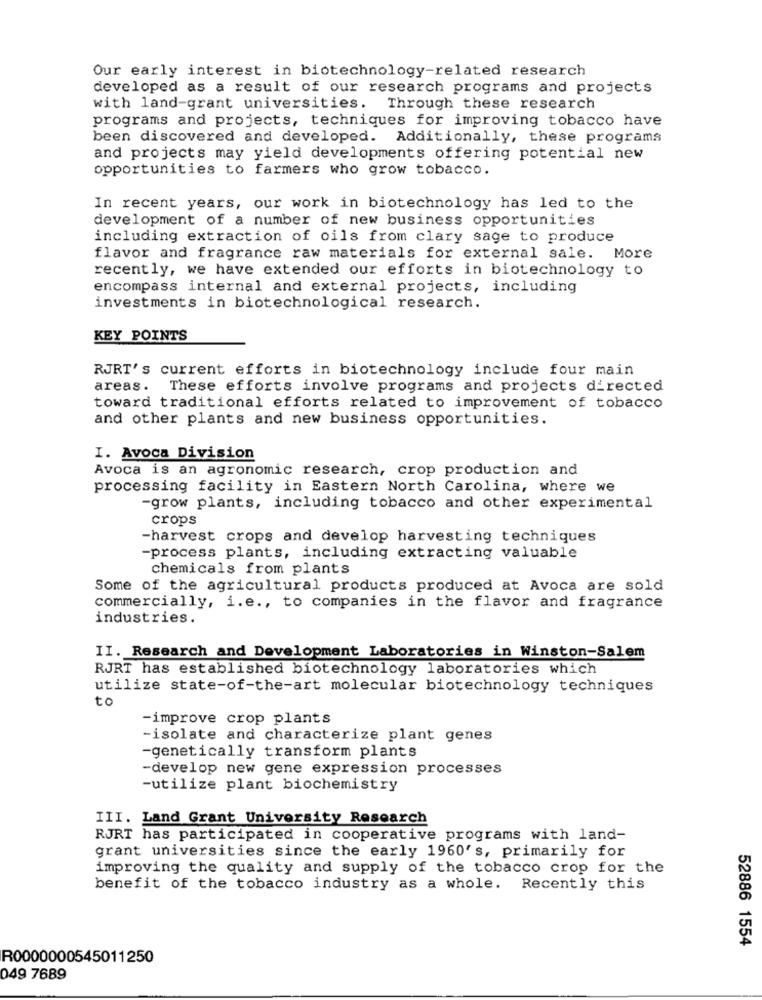
Our early interest in biotechnology-related research
developed as a result of our research programs and projects
with land-grant universities.
Through these research
programs and projects, techniques for improving tobacco have
been discovered and developed. Additionally, these programs
and projects may yield developments offering potential new
opportunities to farmers who grow tobacco.
In recent years, our work in biotechnology has led to the
development of a number of new business opportunities
including extraction of oils from clary sage to produce
flavor and fragrance raw materials for external sale. More
recently, we have extended our efforts in biotechnology to
encompass internal and external projects, including
investments in biotechnological research.
KEY POINTS
RJRT's current efforts in biotechnology include four main
areas. These efforts involve programs and projects directed
toward traditional efforts related to improvement of tobacco
and other plants and new business opportunities.
I. Avoca Division
Avoca is an agronomic research, crop production and
processing facility in Eastern North Carolina, where we
-grow plants, including tobacco and other experimental
crops
-harvest crops and develop harvesting techniques
-process plants, including extracting valuable
chemicals from plants
Some of the agricultural products produced at Avoca are sold
commercially, i.e ., to companies in the flavor and fragrance
industries.
II. Research and Development Laboratories in Winston-Salem
RJRT has established biotechnology laboratories which
utilize state-of-the-art molecular biotechnology techniques
to
-improve crop plants
-isolate and characterize plant genes
-genetically transform plants
-develop new gene expression processes
-utilize plant biochemistry
III. Land Grant University Research
RJRT has participated in cooperative programs with land-
grant universities since the early 1960's, primarily for
improving the quality and supply of the tobacco crop for the
benefit of the tobacco industry as a whole. Recently this
52886 1554
R0000000545011250
049 7689